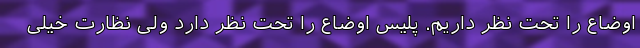
اوضاع را تحت نظر داریم. پلیس اوضاع را تحت نظر دارد ولی نظارت خیلی